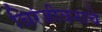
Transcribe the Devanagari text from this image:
चिरंजीवनाचे